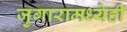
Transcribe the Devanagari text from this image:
जुगारामध्येही